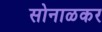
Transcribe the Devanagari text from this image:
सोनाळकर